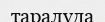
таралуда